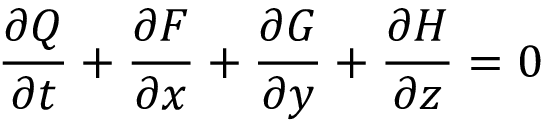
{ \frac { \partial Q } { \partial t } } + { \frac { \partial F } { \partial x } } + { \frac { \partial G } { \partial y } } + { \frac { \partial H } { \partial z } } = 0